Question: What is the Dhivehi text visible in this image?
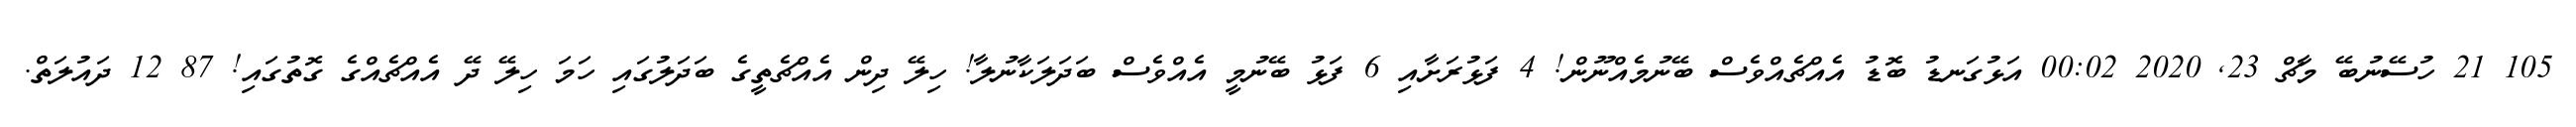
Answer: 105 21 ހުސޭނުބޭ މާޗް 23, 2020 00:02 އަޅުގަނޑު ބޮޑު އެއްޗެއްވެސް ބޭނުމެއްނޫން! 4 ފަޅުރަށާއި 6 ފަޅު ބޭނުމީ އެއްވެސް ބަދަލަކާނުލާ! ހިލޭ ދިން އެއްޗެތީގެ ބަދަލުގައި ހަމަ ހިލޭ ދޭ އެއްޗެއްގެ ގޮތުގައި! 87 12 ދައުލަތް.